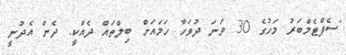
"ސެޕްޓެމްބަރު މަހުގެ 30 ވަނަ ދުވަހާ ހަމައަށް ބިލްތައް ދެއްކީ. ދެން އެދުނީ